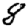
Digit: 8